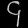
Digit: ၄